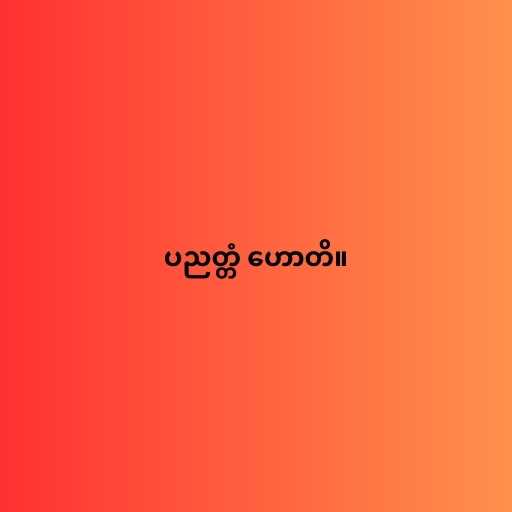
ပညတ္တံ ဟောတိ။